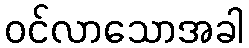
ဝင်လာသောအခါ